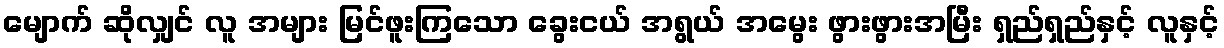
မျောက် ဆိုလျှင် လူ အများ မြင်ဖူးကြသော ခွေးငယ် အရွယ် အမွေး ဖွားဖွားအမြီး ရှည်ရှည်နှင့် လူနှင့်